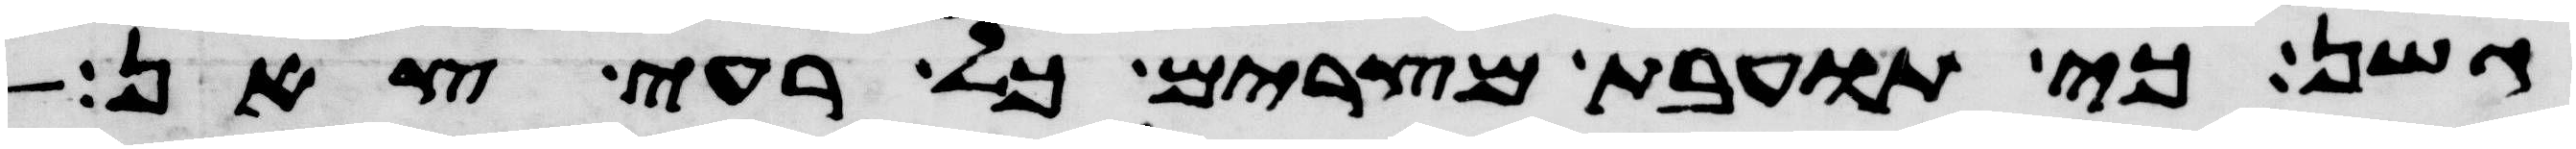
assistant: גשן כי תועבת מצרים כל רעי צאן